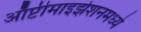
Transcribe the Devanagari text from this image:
ऑप्टीमाइझेशनमध्ये